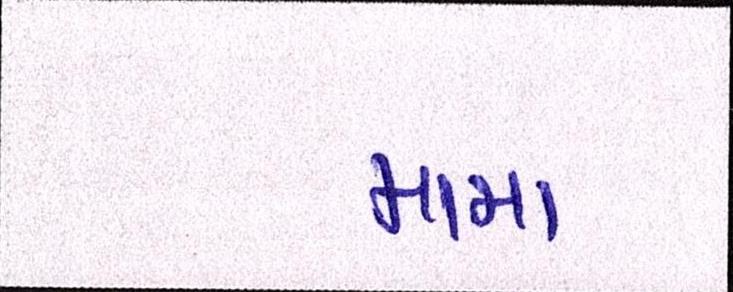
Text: મામા